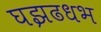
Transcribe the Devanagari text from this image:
घझढधभ